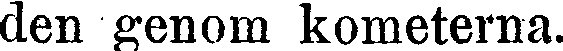
den genom kometerna.